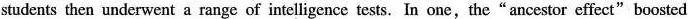
students then underwent a range of intelligence tests. In one,the" ancestor effect"boosted